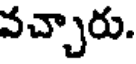
వచ్చారు.